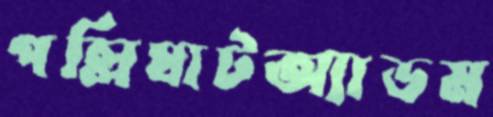
পল্লিঘাটঅ্যাডম